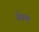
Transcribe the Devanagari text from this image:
येरूम